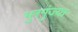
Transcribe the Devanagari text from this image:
भुरगुंज्या